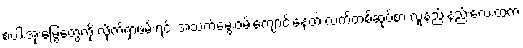
စပါးအုံးမြွေတွေကို လိုက်ရှာဖမ်းရင်း အသက်မွေးဝမ်းကျောင်းနေတဲ့ လက်တစ်ဆုပ်စာ လူနည်းနည်းလေးထဲက